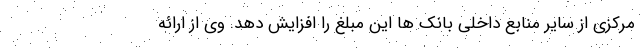
مرکزی از سایر منابع داخلی بانک ها این مبلغ را افزایش دهد. وی از ارائه